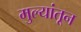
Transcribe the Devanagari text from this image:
मुल्यांतून